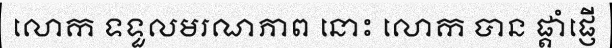
លោក ទទួលមរណភាព នោះ លោក បាន ផ្តាំផ្ញើ